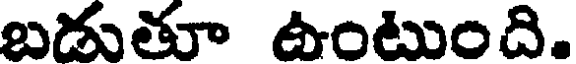
బడుతూ ఉంటుంది.